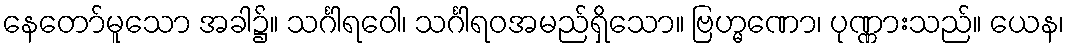
နေတော်မူသော အခါ၌။ သင်္ဂါရဝေါ၊ သင်္ဂါရဝအမည်ရှိသော။ ဗြဟ္မဏော၊ ပုဏ္ဏားသည်။ ယေန၊